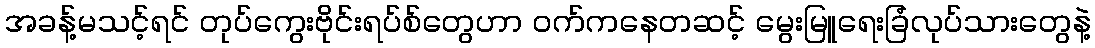
အခန့်မသင့်ရင် တုပ်ကွေးဗိုင်းရပ်စ်တွေဟာ ဝက်ကနေတဆင့် မွေးမြူရေးခြံလုပ်သားတွေနဲ့